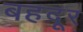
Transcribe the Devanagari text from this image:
बहदूर